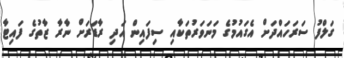
ގަލްފު ސަރަހައްދަށް އެގައުމުގެ މަނަވަރުތަކާއި ސިފައިން އަދި ރާޑަރަށް ނާރާ ޒާތުގެ ފައިޓާ